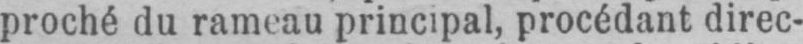
proché du rameau principal, procédant direc-